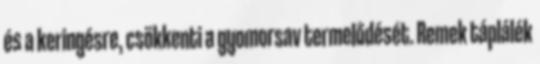
és a keringésre, csökkenti a gyomorsav termelődését. Remek táplálék